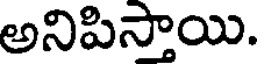
అనిపిస్తాయి.